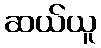
ဆယ်ယူ